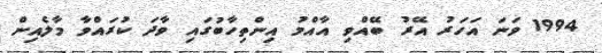
1994 ވަނަ އަހަރު އޭރު ބޭއްވި އާއްމު އިންތިހާބުގައި ވާދަ ކުރައްވާ މާލެއިން